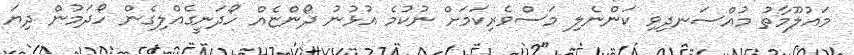
މައުލޫމާތު މުއްސަނދިވި ކަންނެލި މަސްވެރިކަމަށް ނުކުމެ އުޅުނު ދޯންޏެއް ހޯދަނީގެއްލިގެން ހޯދަމުން ދިޔަ